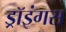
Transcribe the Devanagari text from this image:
ड्रॉइंगस